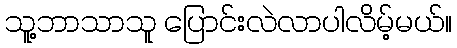
သူ့ဘာသာသူ ပြောင်းလဲလာပါလိမ့်မယ်။